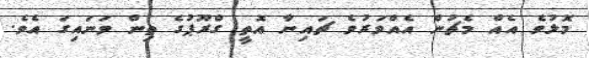
މޮޅުވެ އެއް މެޗުން އެއްވަރުވެ ޗައިނާ އޮތީ ގްރޫޕުގެ ތިން ވަނައިގަ އެވެ.